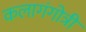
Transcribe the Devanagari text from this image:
कलागंगोत्री